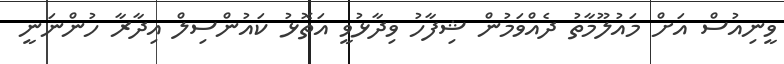
ވީނިއުސް އަށް މައުލޫމާތު ދެއްވަމުން ޝިފާހު ވިދާޅުވީ އަތޮޅު ކައުންސިލް އިދާރާ ހުންނަނީ